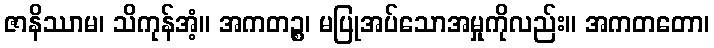
ဇာနိဿာမ၊ သိကုန်အံ့။ အကတဉ္စ၊ မပြုအပ်သောအမှုကိုလည်း။ အကတတော၊